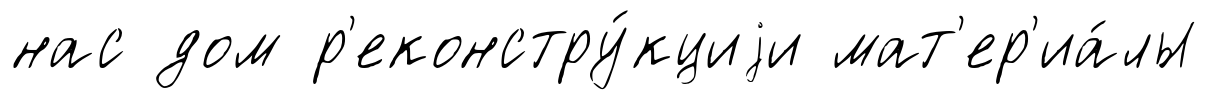
нас дом р'еконстру́кциjи мат'ер'иа́лы